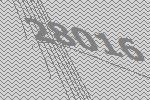
28016